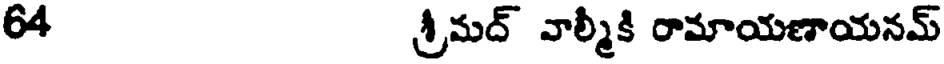
64 శ్రీమద్ వాల్మీకి రామాయణాయనమ్